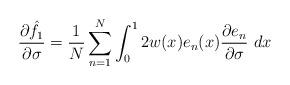
LaTeX: \begin{align*}\frac{\partial \hat{f}_1}{\partial \sigma} = \frac{1}{N} \sum_{n=1}^{N} \int_0^1 2 w(x) e_n(x) \frac{\partial e_n}{\partial \sigma}\ dx\end{align*}